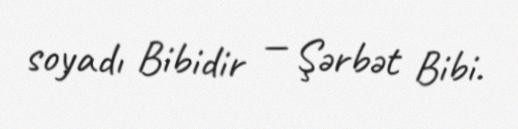
soyadı Bibidir — Şərbət Bibi.